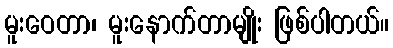
မူးဝေတာ၊ မူးနောက်တာမျိုး ဖြစ်ပါတယ်။